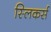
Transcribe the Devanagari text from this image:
स्लिकर्स